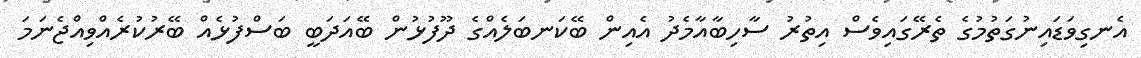
އެނގިވަޑައިނުގަތުމުގެ ތެރޭގައިވެސް އިތުރު ސާހިބާއާމެދު އެއިން ބޭކަނބަލެއްގެ ދޫފުޅުން ބޭއަދަބީ ބަސްފުޅެއް ބޭރުކުރެއްވިއްޖެނަމަ